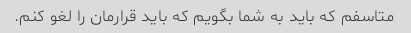
متاسفم که باید به شما بگویم که باید قرارمان را لغو کنم.